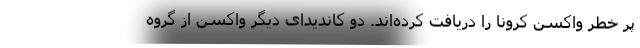
پر خطر واکسن کرونا را دریافت کرده‌اند. دو کاندیدای دیگر واکسن از گروه